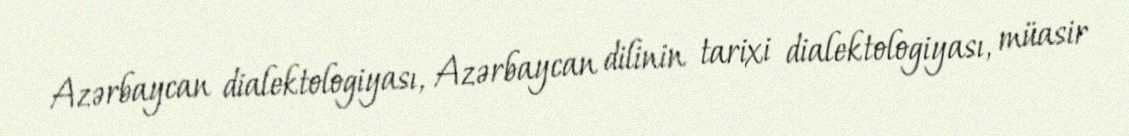
Azərbaycan dialektologiyası, Azərbaycan dilinin tarixi dialektologiyası, müasir